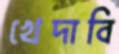
খেদাবি